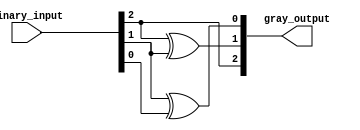
module gray_code_encoder (
    input wire [2:0] binary_input, // 3-bit binary input
    output wire [2:0] gray_output   // 3-bit Gray code output
);

// Assigning the Gray code output based on the binary input
assign gray_output[2] = binary_input[2];              // G2 = B2
assign gray_output[1] = binary_input[2] ^ binary_input[1]; // G1 = B2 XOR B1
assign gray_output[0] = binary_input[1] ^ binary_input[0]; // G0 = B1 XOR B0

endmodule